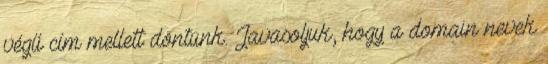
végű cím mellett döntünk. Javasoljuk, hogy a domain nevek